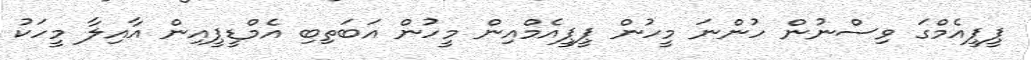
ޕީޕީއެމްގަ ވިސްނުން ހުންނަ މީހުން ޕީޕީއެމްއިން މީހުން އަބަތިބި އެމްޑީޕީއިން އާއިލާ މީހަކު